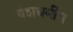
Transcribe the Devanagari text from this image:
वंशधर्मीय